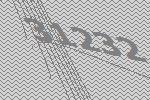
31232